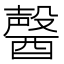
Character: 𨢤